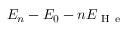
E _ { n } - E _ { 0 } - n E _ { \mathrm { ~ H ~ e ~ } }